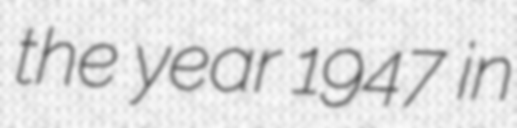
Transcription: the year 1947 in